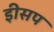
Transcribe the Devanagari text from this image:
इीसप